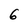
Character: 6